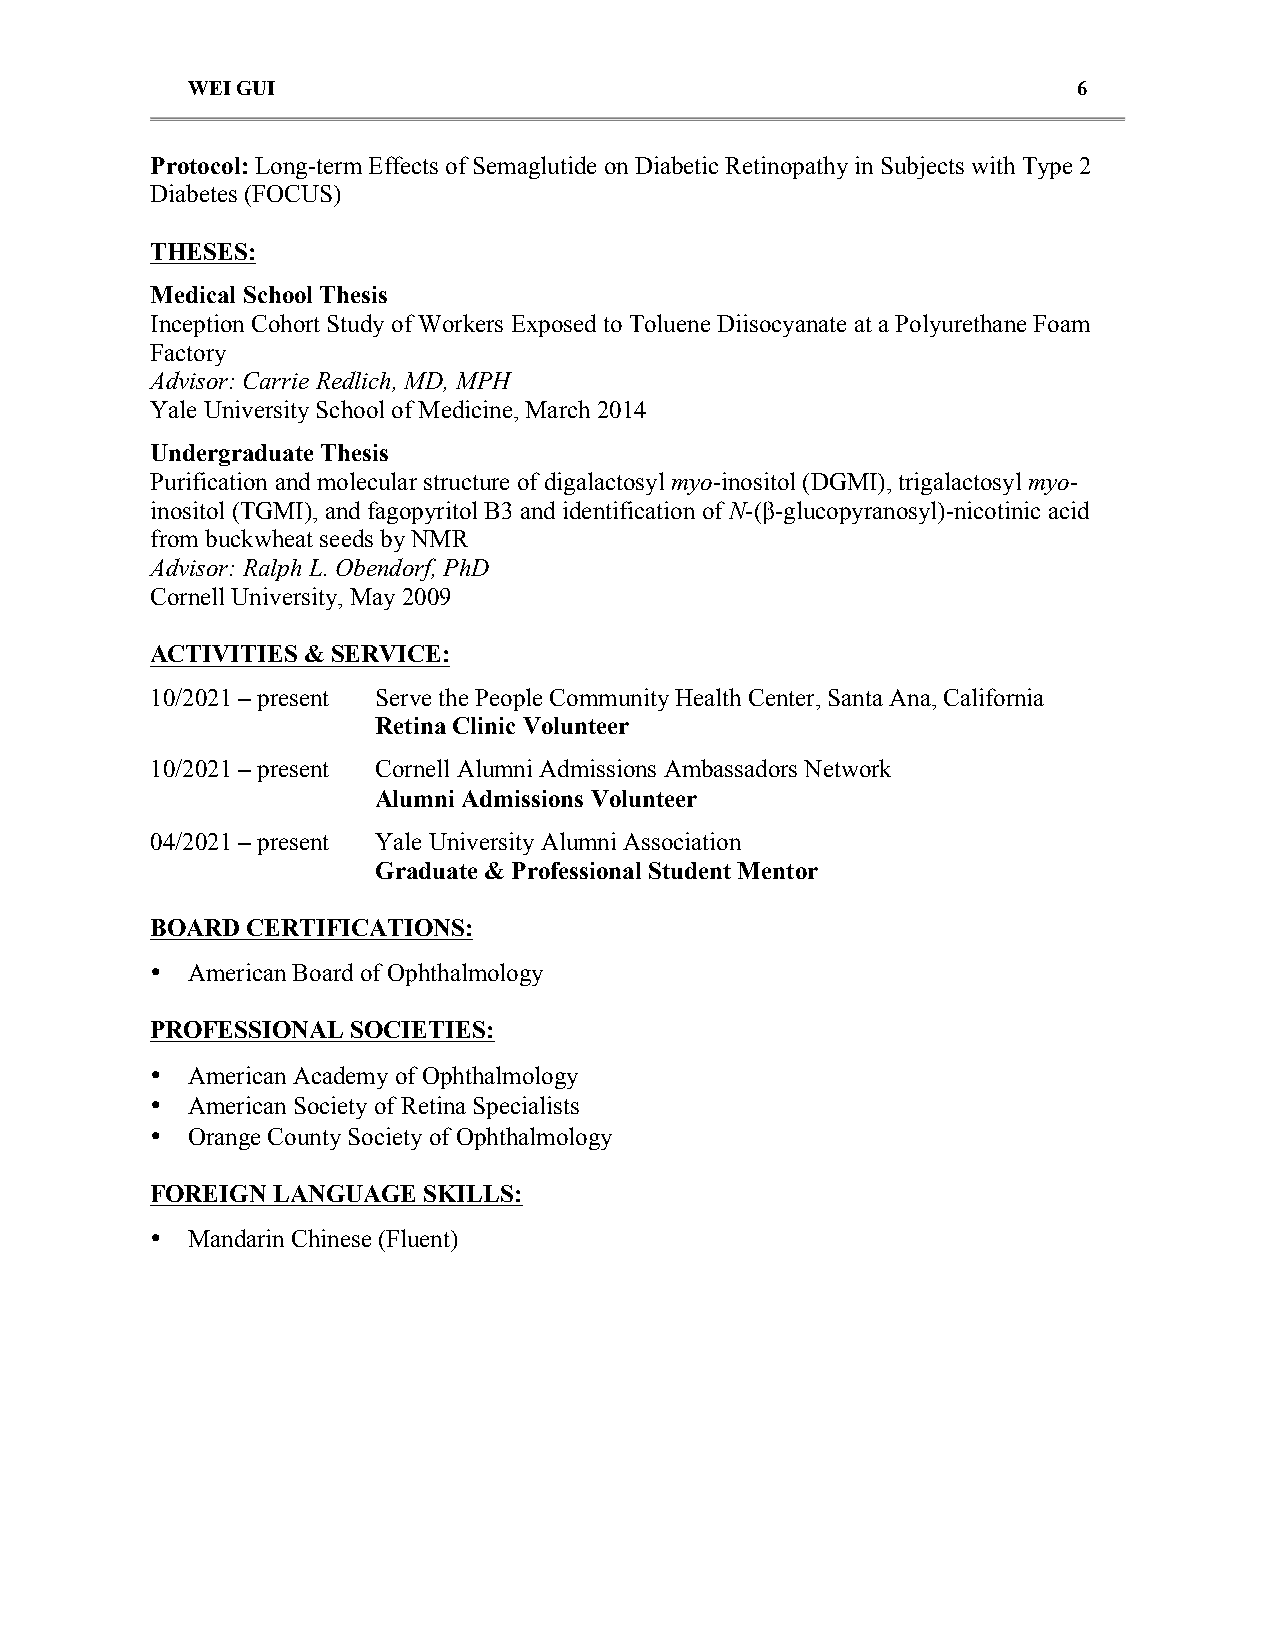
WEI GUI                                                    6
 Protocol: Long-term Effects of Semaglutide on Diabetic Retinopathy in Subjects with Type 2
 Diabetes (FOCUS)
 THESES:
 Medical School Thesis
 Inception Cohort Study of Workers Exposed to Toluene Diisocyanate at a Polyurethane Foam
 Factory
 Advisor: Carrie Redlich, MD, MPH
 Yale University School of Medicine, March 2014
 Undergraduate Thesis
 Purification and molecular structure of digalactosyl myo-inositol (DGMI), trigalactosyl myo-
 inositol (TGMI), and fagopyritol B3 and identification of N-(β-glucopyranosyl)-nicotinic acid
 from buckwheat seeds by NMR
 Advisor: Ralph L. Obendorf, PhD
 Cornell University, May 2009
 ACTIVITIES & SERVICE:
 10/2021 – present Serve the People Community Health Center, Santa Ana, California
 Retina Clinic Volunteer
 10/2021 – present Cornell Alumni Admissions Ambassadors Network
 Alumni Admissions Volunteer
 04/2021 – present Yale University Alumni Association
 Graduate & Professional Student Mentor
 BOARD CERTIFICATIONS:
 • American Board of Ophthalmology
 PROFESSIONAL SOCIETIES:
 • American Academy of Ophthalmology
 • American Society of Retina Specialists
 • Orange County Society of Ophthalmology
 FOREIGN LANGUAGE  SKILLS:
 • Mandarin Chinese (Fluent)